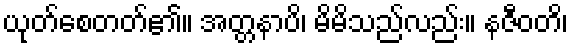
ယုတ်စေတတ်၏။ အတ္တနာပိ၊ မိမိသည်လည်း။ နဇီဝတိ၊